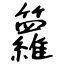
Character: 籮